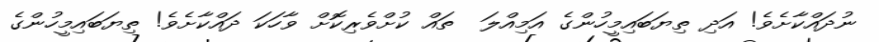
ނުދައްކާށެވެ! އަދި ތިޔަބައިމީހުންގެ އަމިއްލަ  ތައް ކުށްވެރިކޮށް ވާހަކަ ދައްކާށެވެ! ތިޔަބައިމީހުންގެ